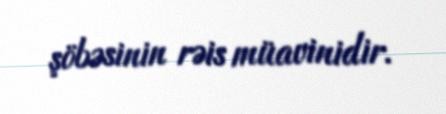
şöbəsinin rəis müavinidir.